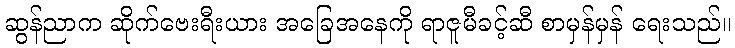
ဆွန်ညာက ဆိုက်ဗေးရီးယား အခြေအနေကို ရာဇူမီခင့်ဆီ စာမှန်မှန် ရေးသည်။